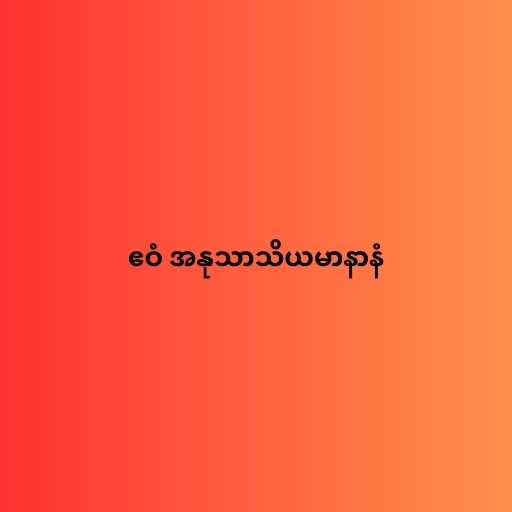
ဧဝံ အနုသာသိယမာနာနံ